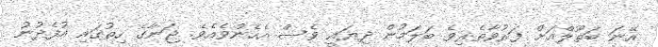
އޭނަ ބަތޫލްއަށް ފަރުވާތެރިވެ ބަލަމުން ދިޔައީ ވެސް އެހެންވެއެވެ. ޖަނާގެ ހިތުގައި އުފެދުނު